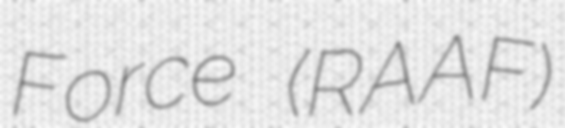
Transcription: Force (RAAF)